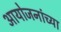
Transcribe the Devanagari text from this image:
आयोजनांच्‍या